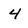
Character: 4